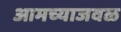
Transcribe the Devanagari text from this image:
आमच्याजवळ